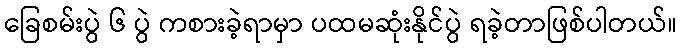
ခြေစမ်းပွဲ ၆ ပွဲ ကစားခဲ့ရာမှာ ပထမဆုံးနိုင်ပွဲ ရခဲ့တာဖြစ်ပါတယ်။